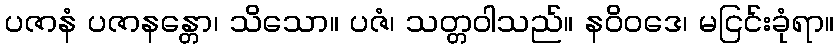
ပဇာနံ ပဇာနန္တော၊ သိသော။ ပဇံ၊ သတ္တဝါသည်။ နဝိဝဒေ၊ မငြင်းခုံရာ။